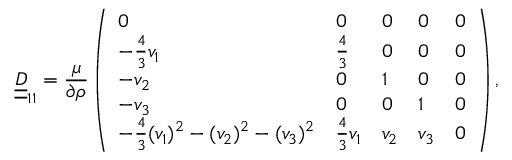
\underline { { \underline { { D } } } } _ { 1 1 } = \frac { \mu } { \partial \rho } \left( \begin{array} { l l l l l } { 0 } & { 0 } & { 0 } & { 0 } & { 0 } \\ { - \frac { 4 } { 3 } v _ { 1 } } & { \frac { 4 } { 3 } } & { 0 } & { 0 } & { 0 } \\ { - v _ { 2 } } & { 0 } & { 1 } & { 0 } & { 0 } \\ { - v _ { 3 } } & { 0 } & { 0 } & { 1 } & { 0 } \\ { - \frac { 4 } { 3 } ( v _ { 1 } ) ^ { 2 } - ( v _ { 2 } ) ^ { 2 } - ( v _ { 3 } ) ^ { 2 } } & { \frac { 4 } { 3 } v _ { 1 } } & { v _ { 2 } } & { v _ { 3 } } & { 0 } \end{array} \right) ,